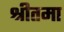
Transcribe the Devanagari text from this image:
श्रीतमा